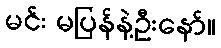
မင်း မပြန်နဲ့ဦးနော်။